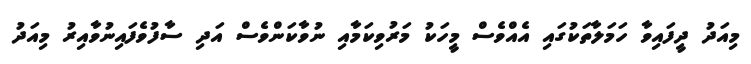
މިއަދު ދީފައިވާ ހަމަލާތަކުގައި އެއްވެސް މީހަކު މަރުވިކަމާއި ނުވާކަންވެސް އަދި ސާފުވެފައިނުވާއިރު މިއަދު